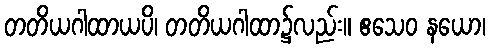
တတိယဂါထာယပိ၊ တတိယဂါထာ၌လည်း။ ဧသေဝ နယော၊